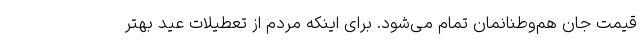
قیمت جان هم‌وطنانمان تمام می‌شود. برای اینکه مردم از تعطیلات عید بهتر